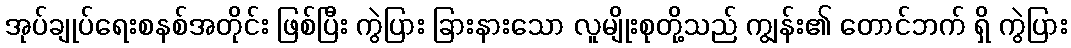
အုပ်ချုပ်ရေးစနစ်အတိုင်း ဖြစ်ပြီး ကွဲပြား ခြားနားသော လူမျိုးစုတို့သည် ကျွန်း၏ တောင်ဘက် ရှိ ကွဲပြား